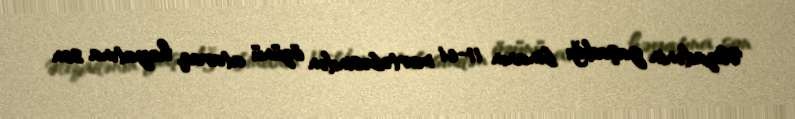
Əlizadənin yaşadığı binanın 11-ci mərtəbəsindən özünü ataraq, həyatına son